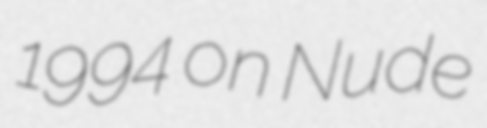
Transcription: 1994 on Nude